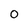
Character: 0